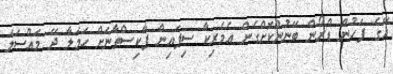
އޭގެ ފަހުން ޑްރޯން ބޭނުންކޮށްގެން އެމެރިކާ ސިފައިން ޕާކިސްތާނަށް ހަމަލާ ދޭ މައްސަލަ